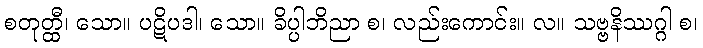
စတုတ္ထီ၊ သော။ ပဋိပဒါ၊ သော။ ခိပ္ပါဘိညာ စ၊ လည်းကောင်း။ လ။ သဗ္ဗနိဿဂ္ဂါ စ၊